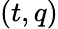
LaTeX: (t,q)